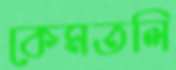
কেমতলি